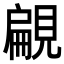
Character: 𧡤